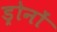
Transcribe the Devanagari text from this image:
ड्रोनों